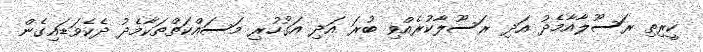
ކީރިތި ރަސޫލާއާމެދު އަދި ރަސޫލާކުރެއްވި ބުރަ އަދި އަގުހުރި މަސައްކަތްތަކާމެދު ދެކެވަޑައިގެން